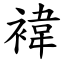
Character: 褘